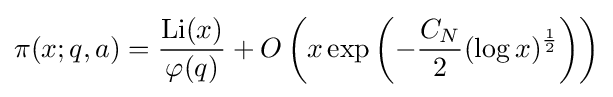
\pi (x;q,a)={\frac {{\rm {Li}}(x)}{\varphi (q)}}+O\left(x\exp \left(-{\frac {C_{N}}{2}}(\log x)^{\frac {1}{2}}\right)\right)